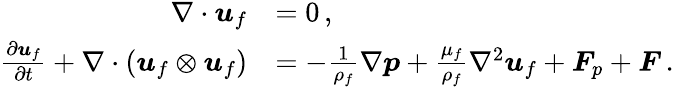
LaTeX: \begin{array}{rl}{\nabla\cdot\boldsymbol{u}_{f}}&{=0\, ,}\\ {\frac{\partial\boldsymbol{u}_{f}}{\partial t}+\nabla\cdot(\boldsymbol{u}_{f}\otimes\boldsymbol{u}_{f})}&{=-\frac{1}{\rho_{f}}\nabla\boldsymbol{p}+\frac{\mu_{f}}{\rho_{f}}\nabla^{2}\boldsymbol{u}_{f}+\boldsymbol{F}_{p}+\boldsymbol{F}\, .}\end{array}